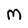
Character: m